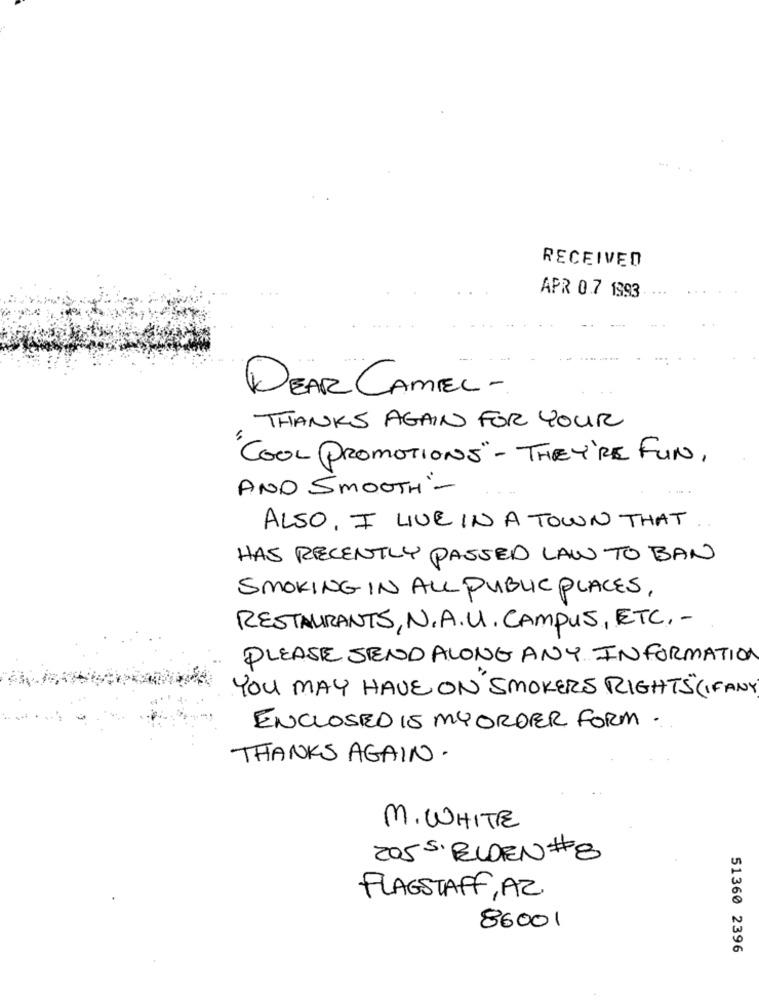
RECEIVED
APR 0.7 1993
DEAR CAMEL -
THANKS AGAIN FOR YOUR
"COOL PROMOTIONS"- THEY'RE FUN,
AND SMOOTH'-
ALSO, I LIVE IN A TOWN THAT
HAS RECENTLY PASSED LAW TO BAN
SMOKING IN ALL PUBLIC PLACES,
RESTAURANTS, N.A.U. CAMPUS, ETC, -
PLEASE SEND ALONG ANY INFORMATION
YOU MAY HAVE ON SMOKERS RIGHTS (IFANY)
ENCLOSED IS MY ORDER FORM .
THANKS AGAIN .
M. WHITE
2055. ELDEN # 8
FLAGSTAFF, AZ.
86001
51360 2396